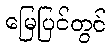
မြေပြင်တွင်